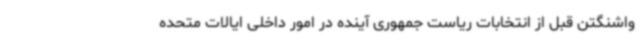
واشنگتن قبل از انتخابات ریاست جمهوری آینده در امور داخلی ایالات متحده